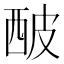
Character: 𤿢